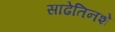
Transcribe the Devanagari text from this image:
साढेतिनशे